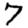
Digit: 7